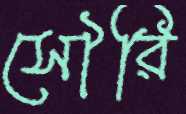
সৌরি